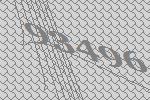
93496